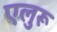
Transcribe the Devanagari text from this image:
एलुरू